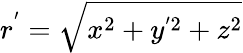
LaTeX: r^{'}=\sqrt{x^{2}+y^{'2}+z^{2}}